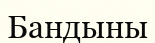
Бандыны